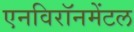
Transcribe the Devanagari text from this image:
एनविरॉनमेंटल